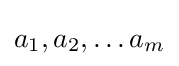
a_{1},a_{2},\ldots a_{m}